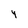
Character: 4